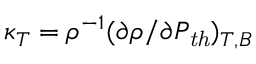
\kappa _ { T } = \rho ^ { - 1 } ( \partial \rho / \partial P _ { \mathit { t h } } ) _ { T , B }